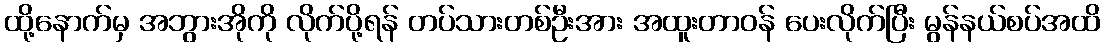
ထို့နောက်မှ အဘွားအိုကို လိုက်ပို့ရန် တပ်သားတစ်ဦးအား အထူးတာဝန် ပေးလိုက်ပြီး မွန်နယ်စပ်အထိ